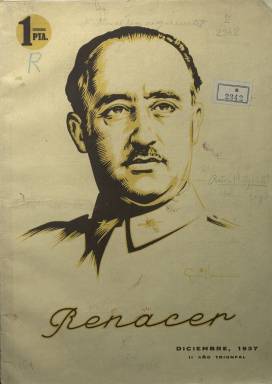
Título: Renacer (Zaragoza)
Colección: Guerra civil
Ámbito geográfico: Zaragoza
Lugar de publicación: Zaragoza; Madrid
Fechas: 01/12/1937-30/06/1938

Esta revista editada en plena Guerra Civil en Zaragoza tenía como misión defender la causa del bando nacional y justificar la rebelión que había llevado a cabo gran parte del Ejército contra el Gobierno de la República. Su aspiración era llegar a todo el territorio español controlado por el bando nacional y no solo a la región aragonesa.

  No hay que confundir el título de esta revista con el semanario Renacer que se editó en Madrid durante los años previos al estallido de la guerra en 1936. En aquel caso se trataba de una publicación monárquica y la revista zaragozana está volcada con Franco y la Falange.

    La revista comenzó a publicarse en diciembre de 1937. El siguiente número se editó con periodicidad bimestral, enero-febrero de 1938, y el tercero y último salió en mayo-junio. No hubo más probablemente por las circunstancias bélicas dado que el Frente de Aragón era uno de los puntos calientes de la guerra.

    Teruel, que fue la única capital de provincia que conquistó el bando republicano, fue tomada en diciembre, pero los nacionales la recuperaron en febrero. La revista dejó de editarse antes del verano de 1938 cuando se produjo la batalla del Ebro, que fue la decisiva de la guerra.

   Los dos primeros números contaban con 40 páginas y el último con 32. Gran parte de las páginas eran anuncios de las industrias y comercios zaragozanos. Esta publicidad debió ser vital para pagar los gastos de composición y de impresión. La publicación dispuso de numerosos colaboradores, pero lo más probable es que lo hicieran gratuitamente, dado que el objetivo de participar en la victoria era lo que movía todas las energías, tanto en un bando como en el otro.

   Entre los colaboradores de Renacer figuraba el director de la Biblioteca Nacional, Miguel Artigas, que en el segundo número firma un artículo dedicado a recordar el Imperio español. Otro de los colaboradores fue el historiador Ricardo del Arco.

  El contenido informativo, como es lógico, estaba dedicado a los acontecimientos bélicos y a elogiar a los líderes y miembros destacados del bando nacional, con fotografías de los mismos y de los aliados alemanes e italianos. También había espacio para una sección cultural dedicada al cine y al arte.

   Lo más llamativo de esta revista son los dibujos de la portada de cada número, que fueron dedicados respectivamente a Franco, Hitler y José Antonio, a quien la publicación siempre llama El Ausente, dada su muerte al comienzo de la guerra. La presencia de Hitler tiene plena justificación por la fuerte ayuda alemana al bando nacional desde el inicio del conflicto, sobre todo con la aviación.

   El dibujante de todos los retratos, que firmaba como ‘Guillermo’, fue el destacado ilustrador Guillermo Pérez Baylo, nacido en 1911 en Zaragoza y fallecido en Tarragona en 2000. Pérez Baylo ya había cosechado éxito con sus carteles, sobre todo los realizados para la Feria de Muestras de Zaragoza, de la que terminada la guerra se convirtió en su cartelista oficial. En sus últimos años se dedicó a la pintura haciendo numerosos retratos y acuarelas de paisajes.

[Descripción publicada el 17/08/2022]